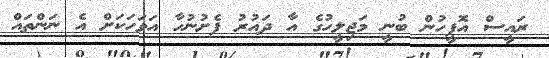
ރައީސް އޮފީހުން ބުނީ މަޖިލީހުގެ އާ ދައުރު ފެށުނުހާ އަވަހަކަށް އެ ނަންތައް